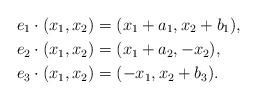
LaTeX: \begin{align*}e_1\cdot(x_1,x_2)&=(x_1+a_1,x_2+b_1),\\e_2\cdot(x_1,x_2)&=(x_1+a_2,-x_2),\\e_3\cdot(x_1,x_2)&=(-x_1,x_2+b_3).\end{align*}